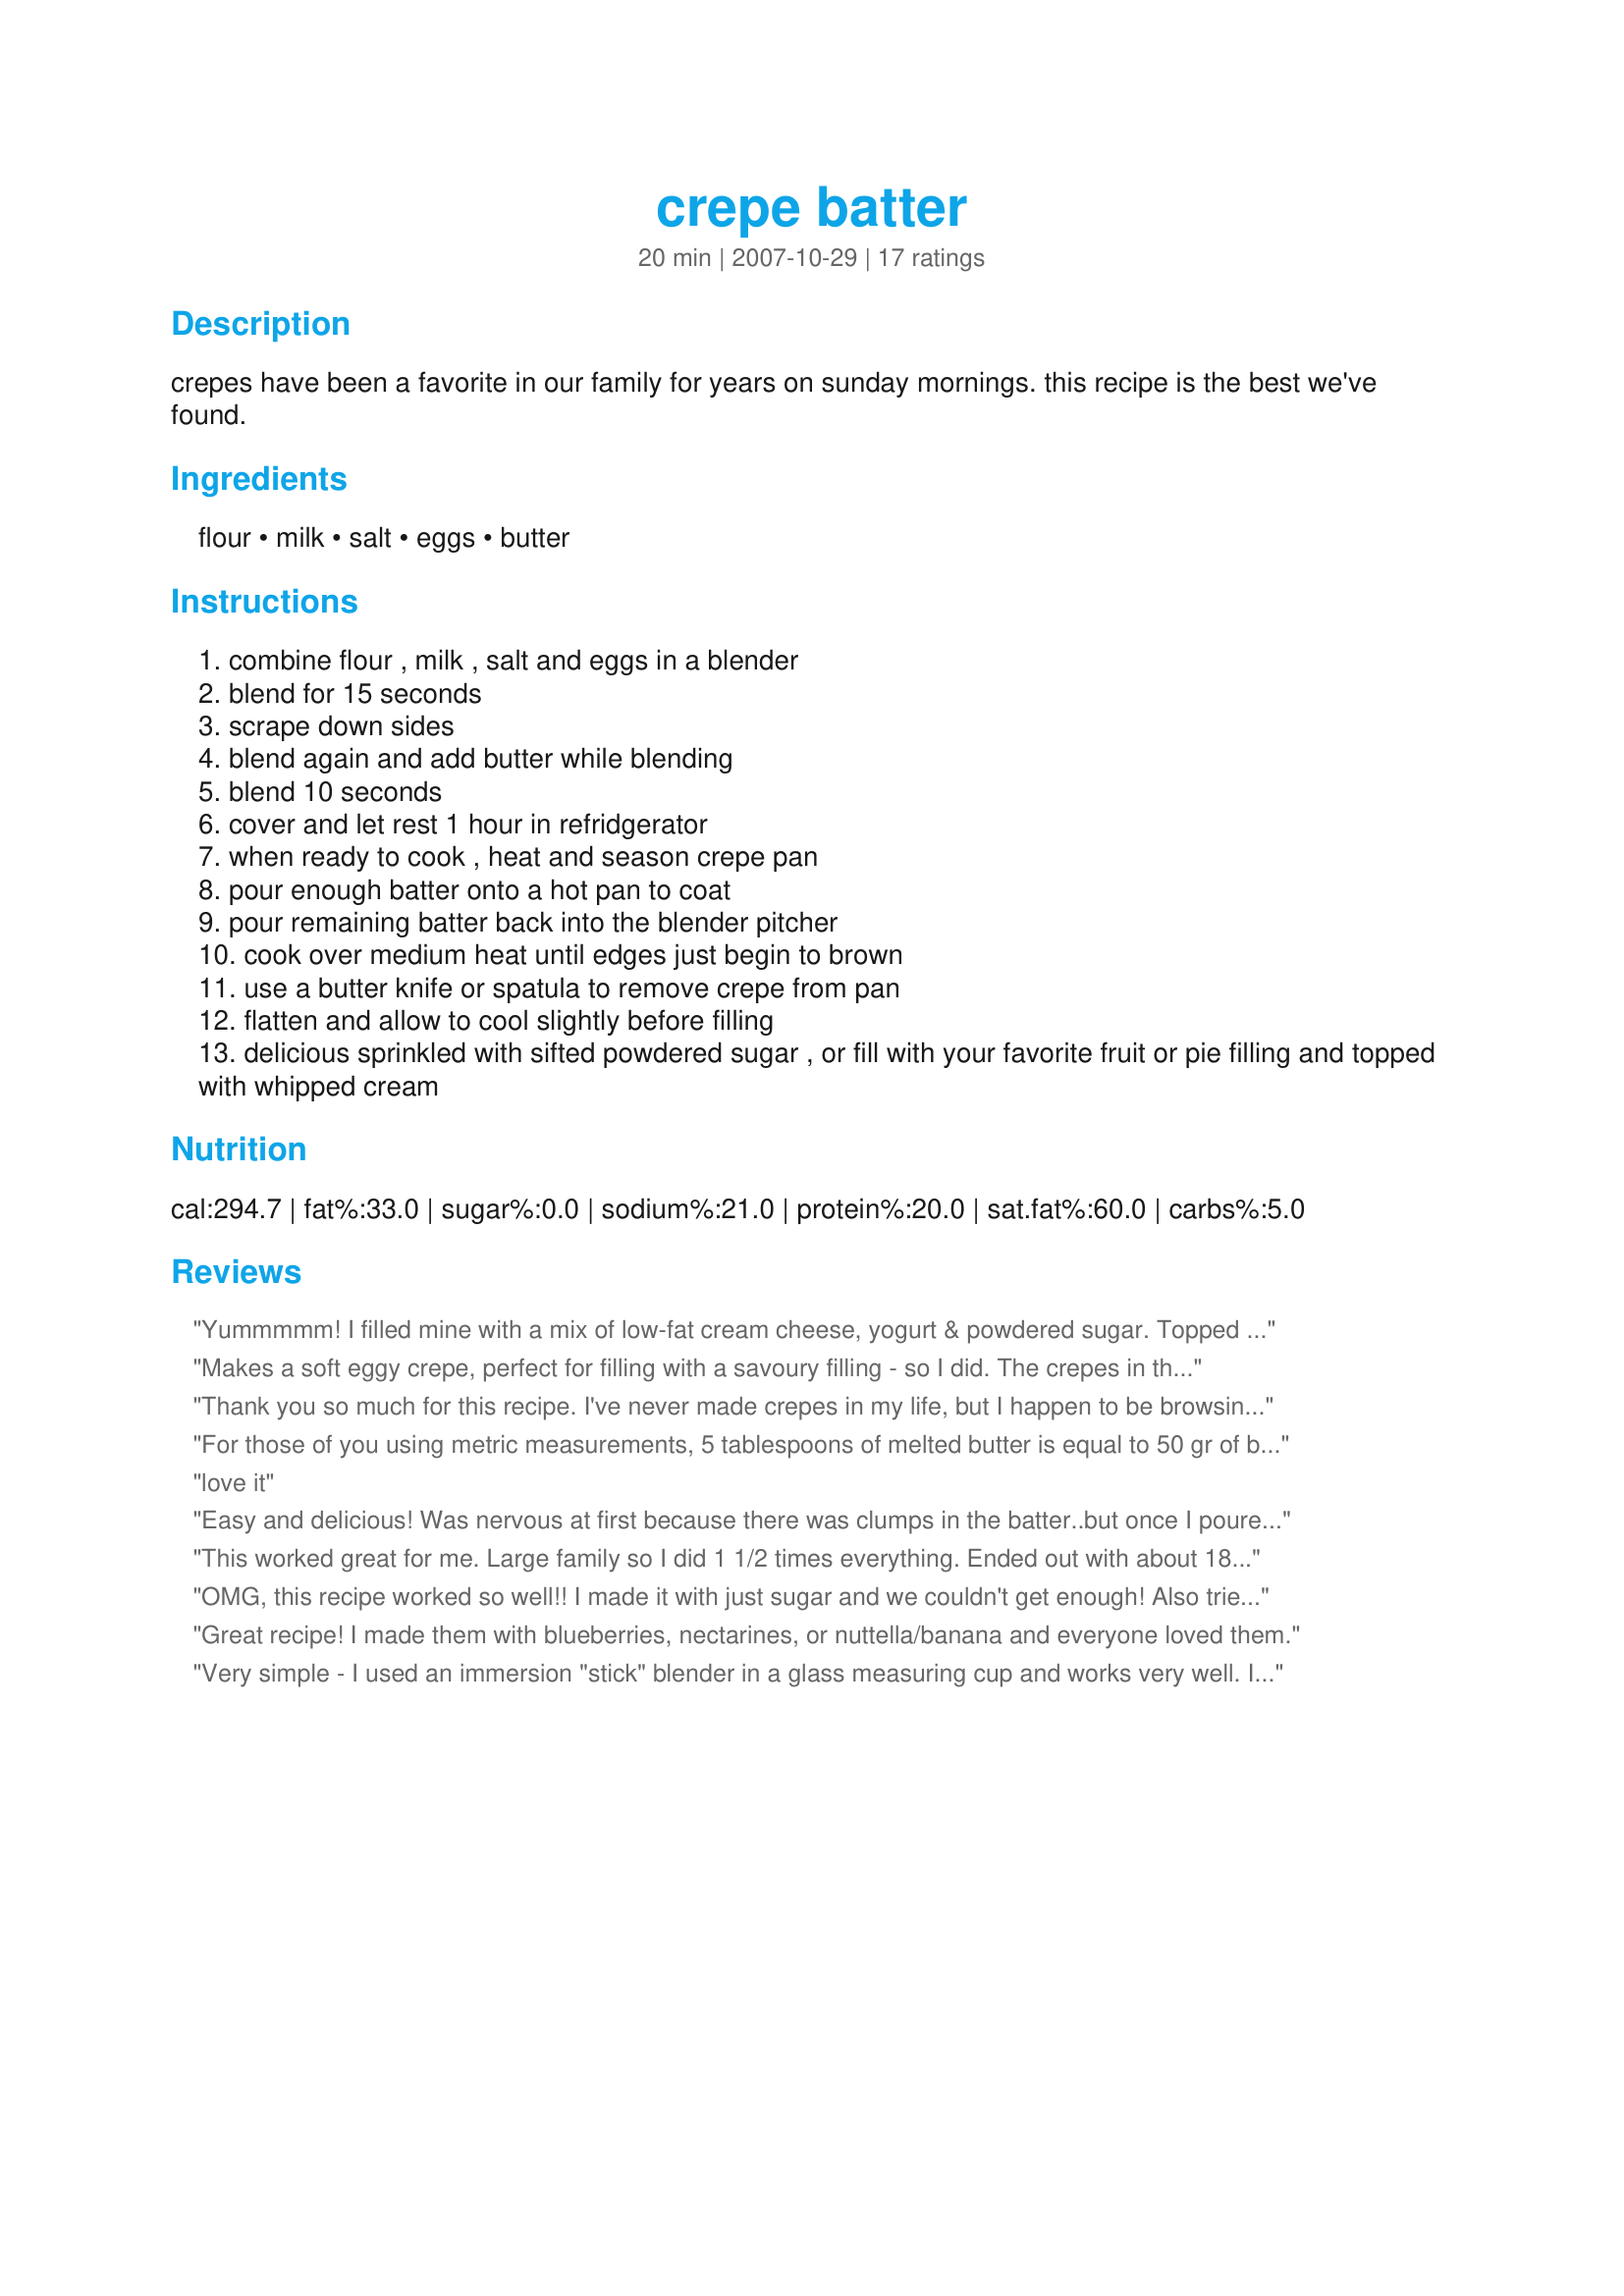
crepe batter
Preparation time: 20 minutes

crepes have been a favorite in our family for years on sunday mornings. this recipe is the best we've found.

Ingredients:
flour, milk, salt, eggs, butter

Steps:
combine flour , milk , salt and eggs in a blender
blend for 15 seconds
scrape down sides
blend again and add butter while blending
blend 10 seconds
cover and let rest 1 hour in refridgerator
when ready to cook , heat and season crepe pan
pour enough batter onto a hot pan to coat
pour remaining batter back into the blender pitcher
cook over medium heat until edges just begin to brown
use a butter knife or spatula to remove crepe from pan
flatten and allow to cool slightly before filling
delicious sprinkled with sifted powdered sugar , or fill with your favorite fruit or pie filling and topped with whipped cream

Reviews:
Yummmmm! I filled mine with a mix of low-fat cream cheese, yogurt & powdered sugar. Topped with light cherry pie filling & sprinkled with more powered sugar. Looked & tasted great! Was more like a dessert, so definitely a "special breakfast" and not something for everyday.
Makes a soft eggy crepe, perfect for filling with a savoury filling - so I did. The crepes in the photograph have been filled with steamed asparagus and cauliflower in a cheese sauce. Delicious!!
For lazy people like me who can't be bothered getting the blender out, this mixes together easily with a whisk as well. I made mine in a non-stick pan so no extra butter or oil required. In fact, the butter in the mixture comes out in the cooking an oils the pan! I think I'll try bigger ones in my stainless steel pan next time. I don't think they will stick. Update 21/3/08 Tried making them in the stainless steel pan and I was right, they didn't stick. This time I added brown sugar, lime juice, fruit and served with Greek yoghurt with maple syrup. Nice but I think these crepes are better suited to a savoury filling.
Thank you so much for this recipe. I've never made crepes in my life, but I happen to be browsing one day and stumbled upon your recipe and thought I'd save it for a later date. Yesterday, I felt a bit adventurous and decided to try this recipe out. I had 4 unexpected guests who joined in on the taste testing, your recipe was a HIT! Everyone loved it, and went back for 2nds. Thank you so much for making me look like such a great cook!
For those of you using metric measurements, 5 tablespoons of melted butter is equal to 50 gr of butter.
Excellent crepe recipe - and I am really happy that the batter does not include sugar. In fact, they are delicious! We did not have time to let the batter rest in the fridge for an hour - we could only hold out for about 10 mins and the crepes turned out perfectly. My son said they taste just like the French crepes that we buy from the creperie as a treat.
love it
Easy and delicious! Was nervous at first because there was clumps in the batter..but once I poured the batter onto the pan...they came out great!!!!!!!! thx:) I spread nutella all over the crepe along with almonds, sliced bananas, strawberries and closed the crepe and placed powered sugar on top! sooo goood:) I think next time I will make sure to use a BLENDER and Not a food processor...I think that is why it was clumpy.
This worked great for me. Large family so I did 1 1/2 times everything. Ended out with about 18 small crepes. I filled the middle with leftoverchicken with broccoli and cauliflower in a cream sauce and everyone loved it. Then the others I filled with berries cooked with apple juice and thickened a little, then mixed with light whipped topping for a very light and good dessert. Crepes have become one of our Friday night fun meals. Thanks!
OMG, this recipe worked so well!! I made it with just sugar and we couldn't get enough! Also tried some savory toppings and it was absolutely deliscious.
Great recipe! I made them with blueberries, nectarines, or nuttella/banana and everyone loved them.
Very simple - I used an immersion "stick" blender in a glass measuring cup and works very well. I reccommend straining the mixture to remove those little bits of egg that don't blend in. Also add a little sugar or a packet of diet sweetener just to add a touch of sweetness to the batter itself
Thank you for a great recipe. It was such a nice change from the regular breakfast!
I like crepes you can eat with your hands, but there's way too much butter in this recipe for that. If you have a non-stick pan, I'd recommend leaving the butter out entirely, just put a bit on the pan.
My husband LOVES crepes, so I have been on a search for the perfect recipe. He LOVES these. I have made them atleast 5 times in the past month. I often make the batter and leave it in the fridge for him to make anytime during the week. Thanks Wendelina!
Awesome recipe. i just kept the batter in the fridge and kept making more and more. they were so good. I made a sweet deal out if it. i had limited resources so i mashed up half a banana and spread that over it with some maple syrup. It was great. thanks:)
Great Recipe! I subtracted a little bit of butter on the first try, so I can't say that I followed it exactly.
Superb. I added toasted chopped pistachios to my batter, filled the crepes with cream cheese mixed with raspberry preserves and drizzled them with chocolate sauce. A very nice and simple dessert (just a little time consuming both to give the batter a chance to rest prior to cooking, plus the cooking time itself). I got 9 crepes out of this.
These cook up like the ones I used to get while living in Paris!
